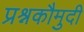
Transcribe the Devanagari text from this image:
प्रश्नकौमुदी